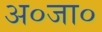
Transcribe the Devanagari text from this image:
अ०जा०